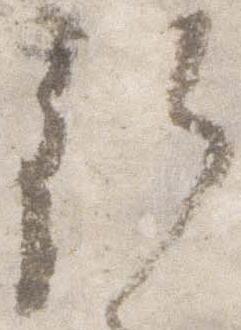
行